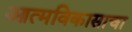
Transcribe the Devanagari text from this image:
आत्मविकासाचा